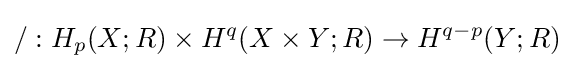
/:H_{p}(X;R)\times H^{q}(X\times Y;R)\rightarrow H^{q-p}(Y;R)